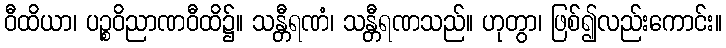
ဝီထိယာ၊ ပဉ္စဝိညာဏဝီထိ၌။ သန္တီရဏံ၊ သန္တီရဏသည်။ ဟုတွာ၊ ဖြစ်၍လည်းကောင်း။